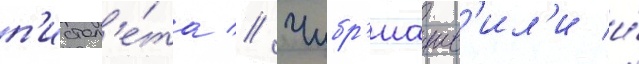
п'истол'е́та // Чибр'иашв'ил'и и́